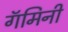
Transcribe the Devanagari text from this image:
गॅमिनी